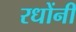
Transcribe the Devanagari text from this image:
रधोंनी